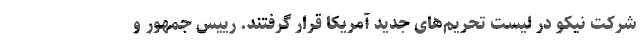
شرکت نیکو در لیست تحریم‌های جدید آمریکا قرار گرفتند. رییس جمهور و